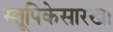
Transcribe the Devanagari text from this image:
स्तूपिकेसारखा